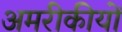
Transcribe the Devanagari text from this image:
अमरीकीयों